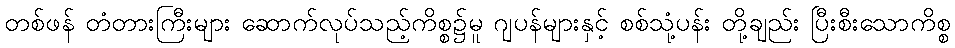
တစ်ဖန် တံတားကြီးများ ဆောက်လုပ်သည့်ကိစ္စ၌မူ ဂျပန်များနှင့် စစ်သုံ့ပန်း တို့ချည်း ပြီးစီးသောကိစ္စ